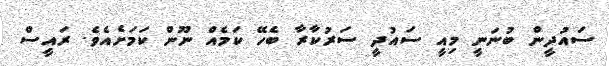
ސައުދީން ބުނަނީ މިއީ ސައުދީ ސަރުކާރާ ބެހޭ ކަމެއް ނޫން ކަމަށެއެވެ. ރައީސް